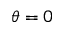
\theta = 0